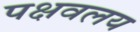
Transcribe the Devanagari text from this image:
पक्षवलय